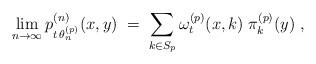
LaTeX: \begin{align*}\lim_{n\to\infty} p^{(n)}_{t\, \theta^{(p)}_n} (x,y) \;=\;\sum_{k\in S_p} \omega^{(p)}_t (x, k) \; \pi^{(p)}_k(y) \;,\end{align*}